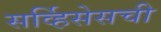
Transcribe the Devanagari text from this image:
सर्व्हिसेसची